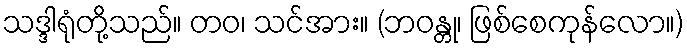
သဒ္ဒါရုံတို့သည်။ တဝ၊ သင်အား။ (ဘဝန္တု၊ ဖြစ်စေကုန်လော။)